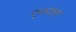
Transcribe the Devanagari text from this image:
एनजस